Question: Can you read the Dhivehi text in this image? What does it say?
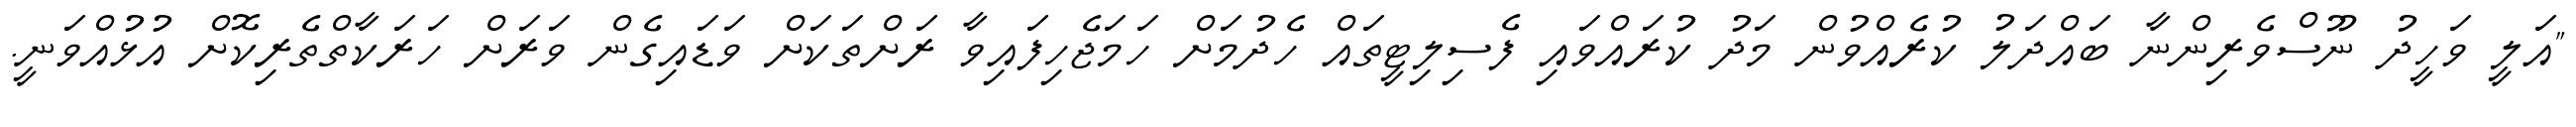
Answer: "އަލީ ވަހީދު ނޫސްވެރިންނާ ބައްދަލު ކުރެއްވުން މަދު ކުރައްވައި ފެސިލިޓީތައް ހެދުމަށް ހަމަޖެހިފައިވާ ރަށްތަކަށް ވަޑައިގެން ވަރަށް ހަރަކާތްތެރިކޮށް އުޅުއްވަނީ.